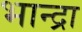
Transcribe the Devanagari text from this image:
भान्द्रा